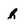
Character: r